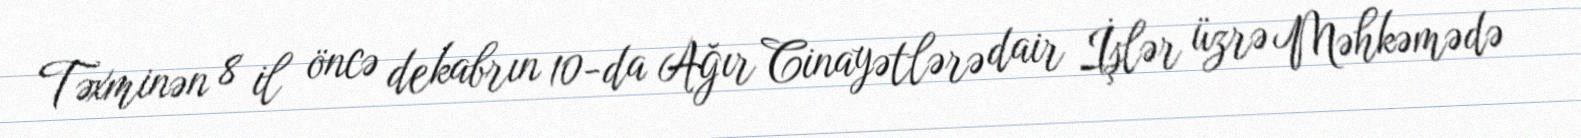
Təxminən 8 il öncə dekabrın 10-da Ağır Cinayətlərə dair İşlər üzrə Məhkəmədə